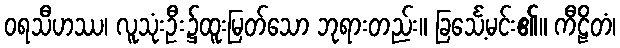
ဝရသီဟဿ၊ လူသုံးဦး၌ထူးမြတ်သော ဘုရားတည်း။ ခြင်္သေ့မင်း၏။ ကီဠိတံ၊